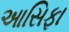
આસિફા